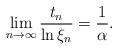
LaTeX: \begin{align*}\lim_{n \to \infty} \frac{t_n}{\ln \xi_n} = \frac{1}{\alpha} .\end{align*}